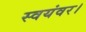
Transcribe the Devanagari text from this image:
स्वयंवर।